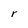
Character: r